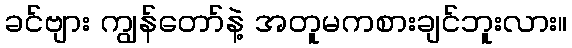
ခင်ဗျား ကျွန်တော်နဲ့ အတူမကစားချင်ဘူးလား။